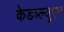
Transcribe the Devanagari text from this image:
केडब्ल्यूएम